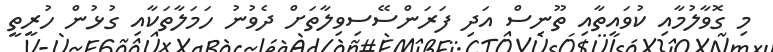
މި ގޮވާލުމާއި ކުވައިތާއި ތޫނިސް އަދި ފަރަންސޭސިވިލާތަށް ދެވުނު ހަމަލާތަކާއި ގުޅުން ހުރީތީ